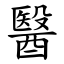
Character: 醫